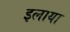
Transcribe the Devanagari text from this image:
इलाया